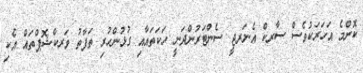
ކޮންމެ އަހަރަކުވެސް ސާރކް އެނަރޖީ ސެންޓަރުންދަނީ ހަކަތައާއި ގުޅުންހުރި ތަފާތު ވަރކްޝޮޕްތައް އެކި